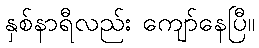
နှစ်နာရီလည်း ကျော်နေပြီ။